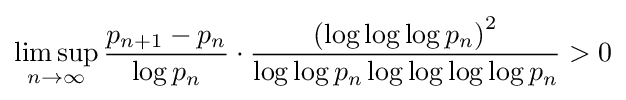
\limsup _{n\to \infty }{\frac {p_{n+1}-p_{n}}{\log p_{n}}}\cdot {\frac {\left(\log \log \log p_{n}\right)^{2}}{\log \log p_{n}\log \log \log \log p_{n}}}>0